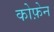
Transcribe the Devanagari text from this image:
कोफ़ेन